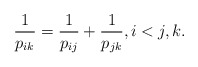
\begin{gather*}{1 \over p_{ik}}={1 \over p_{ij}}+{1 \over p_{jk}}, i < j , k.\end{gather*}